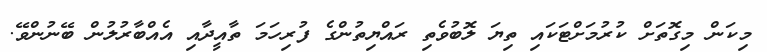
މިކަން މިގޮތަށް ކުރުމަށްޓަކައި ތިޔަ ލޮބުވެތި ރައްޔިތުންގެ ފުރިހަމަ ތާއީދާއި އެއްބާރުލުން ބޭނުންވޭ.